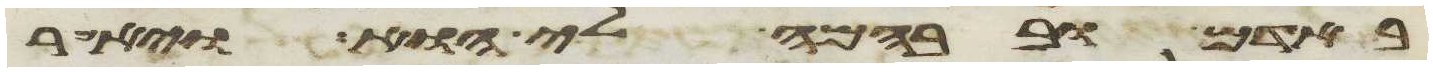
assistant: באדם ובבהמה לי הוא ויאמר